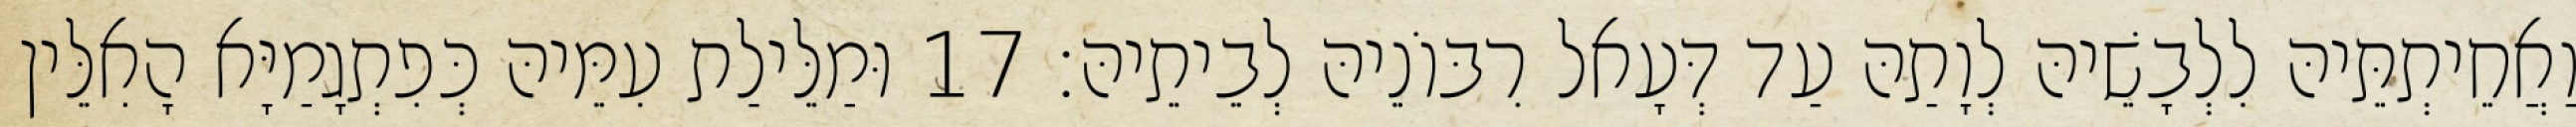
וַאֲחֵיתְתֵּיהּ לִלְבָשֵׁיהּ לְוָתַהּ עַד דְּעָאל רִבּוֹנֵיהּ לְבֵיתֵיהּ׃ 17 וּמַלֵּילַת עִמֵּיהּ כְּפִתְגָמַיָּא הָאִלֵּין